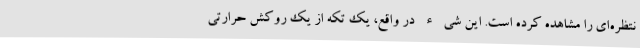
نتظره‌ای را مشاهده کرده است. این شیء در واقع، یک تکه از یک روکش حرارتی